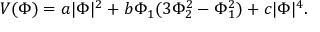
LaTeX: V ( \Phi ) = a | \Phi | ^ { 2 } + b \Phi _ { 1 } ( 3 \Phi _ { 2 } ^ { 2 } - \Phi _ { 1 } ^ { 2 } ) + c | \Phi | ^ { 4 } .